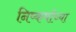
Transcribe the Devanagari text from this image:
निष्कर्षाच्या